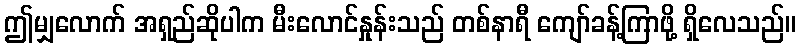
ဤမျှလောက် အရှည်ဆိုပါက မီးလောင်နှုန်းသည် တစ်နာရီ ကျော်ခန့်ကြာဖို့ ရှိလေသည်။